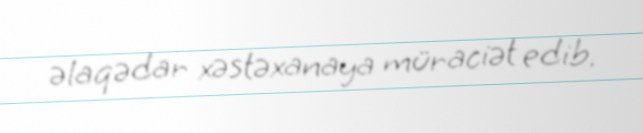
əlaqədar xəstəxanaya müraciət edib.